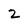
Character: 2